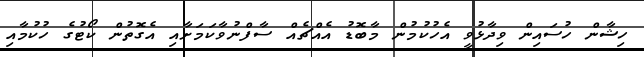
ހިޝާން ހުސައިން ވިދާޅުވީ އެހުކުމުން މާބޮޑު އެއްޗެއް ސާފްނުވާކަމަށާއި އެގޮތުން ކޯޓުގެ ހުކުމާއި